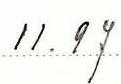
11.97